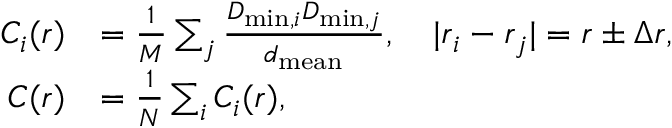
\begin{array} { r l } { C _ { i } ( r ) } & { = \frac { 1 } { M } \sum _ { j } \frac { D _ { \mathrm { m i n } , i } D _ { \mathrm { m i n } , j } } { d _ { \mathrm { m e a n } } } , \quad | \boldsymbol { r } _ { i } - \boldsymbol { r } _ { j } | = r \pm \Delta r , } \\ { C ( r ) } & { = \frac { 1 } { N } \sum _ { i } C _ { i } ( r ) , } \end{array}